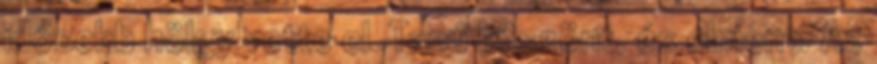
idősebb hölgy vette el. Tanú köszönt, és elment. Az